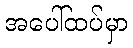
အပေါ်ထပ်မှာ